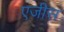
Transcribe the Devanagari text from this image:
एजीस